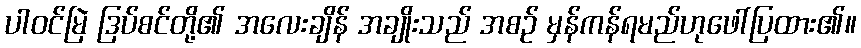
ပါဝင်မြဲ ဒြပ်စင်တို့၏ အလေးချိန် အချိုးသည် အစဉ် မှန်ကန်ရမည်ဟုဖေါ်ပြထား၏။